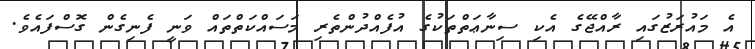
އެ މައުރަޒުގައި ރާއްޖޭގެ އެކި ސިނާޢަތްތަކުގެ އުފެއްދުންތެރި މަސައްކަތްތައް ވަނީ ފެނިގެން ގޮސްފައެވެ.